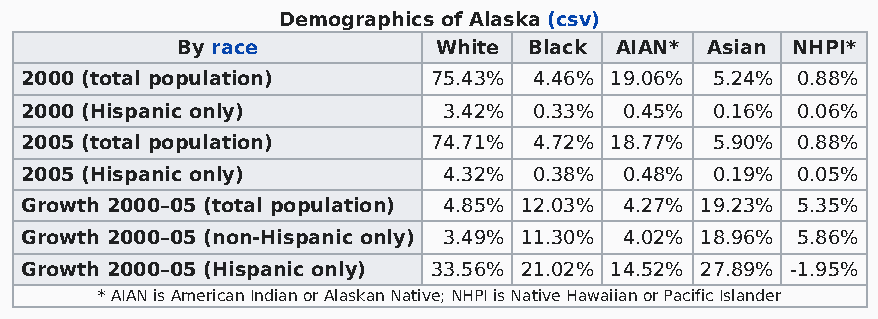
Demographics of Alaska (csv)
 By race          White Black AIAN* Asian NHPI*
 2000 (total population)    75.43% 4.46% 19.06% 5.24% 0.88%
 2000 (Hispanic only)        3.42% 0.33% 0.45% 0.16% 0.06%
 2005 (total population)    74.71% 4.72% 18.77% 5.90% 0.88%
 2005 (Hispanic only)        4.32% 0.38% 0.48% 0.19% 0.05%
 Growth 2000–05 (total population) 4.85% 12.03% 4.27% 19.23% 5.35%
 Growth 2000–05 (non-Hispanic only) 3.49% 11.30% 4.02% 18.96% 5.86%
 Growth 2000–05 (Hispanic only) 33.56% 21.02% 14.52% 27.89% -1.95%
 * AIAN is American Indian or Alaskan Native; NHPI is Native Hawaiian or Pacific Islander